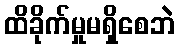
ထိခိုက်မှုမရှိစေဘဲ